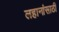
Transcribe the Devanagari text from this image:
लहानांसाठी